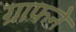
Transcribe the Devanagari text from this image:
ग्राफने